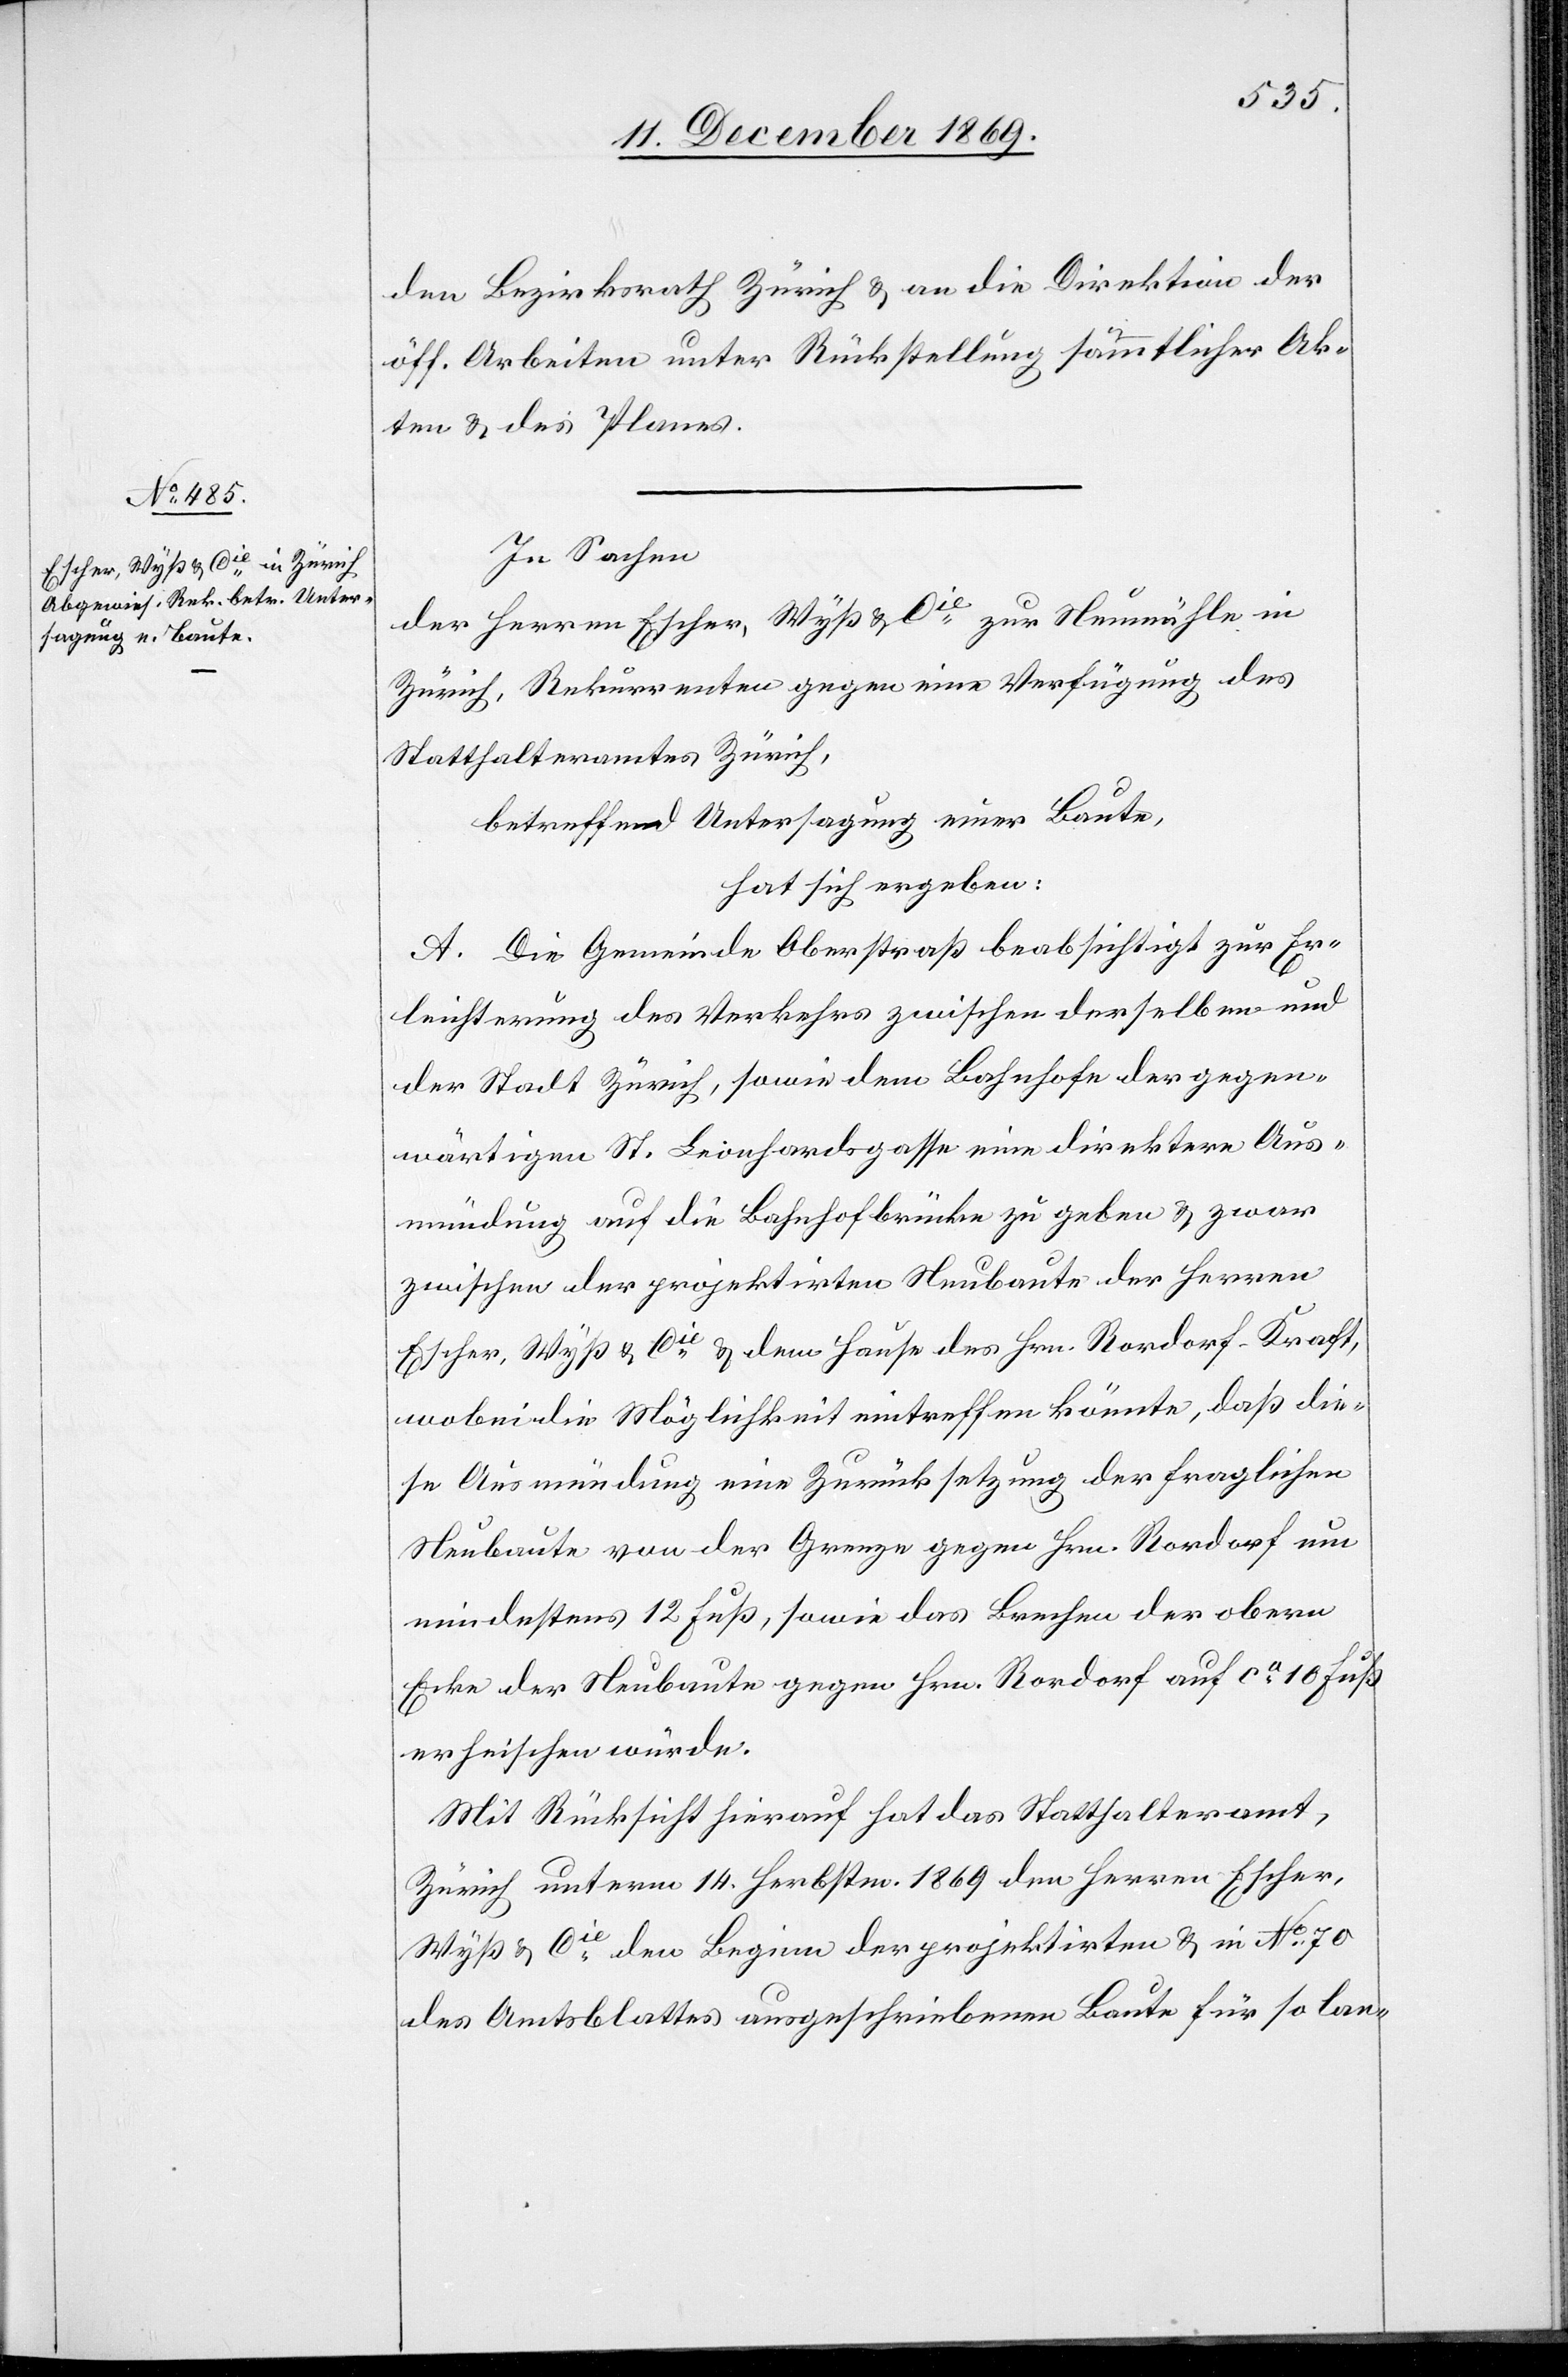
den Bezirksrath Zürich & an die Direktion der
öff. Arbeiten unter Rückstellung sämmtlicher Ak¬
ten & des Planes.
In Sachen
der Herren Escher, Wyß & Cie zur Neumühle in
Zürich, Rekurrenten gegen eine Verfügung des
Statthalteramtes Zürich,
betreffend Untersagung einer Baute,
hat sich ergeben:
A. Die Gemeinde Oberstraß beabsichtigt zur Er¬
leichterung des Verkehrs zwischen derselben und
der Stadt Zürich, sowie dem Bahnhofe der gegen¬
wärtigen St. Leonhardsgasse eine direktere Aus¬
mündung auf die Bahnhofbrücke zu geben & zwar
zwischen der projektirten Neubaute der Herren
Escher, Wyß & Cie & dem Hause des Hrn. Rordorf-Kraft,
wobei die Möglichkeit eintreffen könnte, daß die¬
se Ausmündung eine Zurücksetzung der fraglichen
Neubaute von der Grenze gegen Hrn. Rordorf um
mindestens 12 Fuß, sowie das Brechen der obern
Ecke der Neubaute gegen Hrn. Rordorf auf ca 10 Fuß
erheischen würde.
Mit Rücksicht hierauf hat das Statthalteramt
Zürich unterm 14. Herbstm. 1869 den Herren Escher,
Wyß & Cie den Beginn der projektirten & in No 70
des Amtsblattes ausgeschriebenen Baute für so lan-